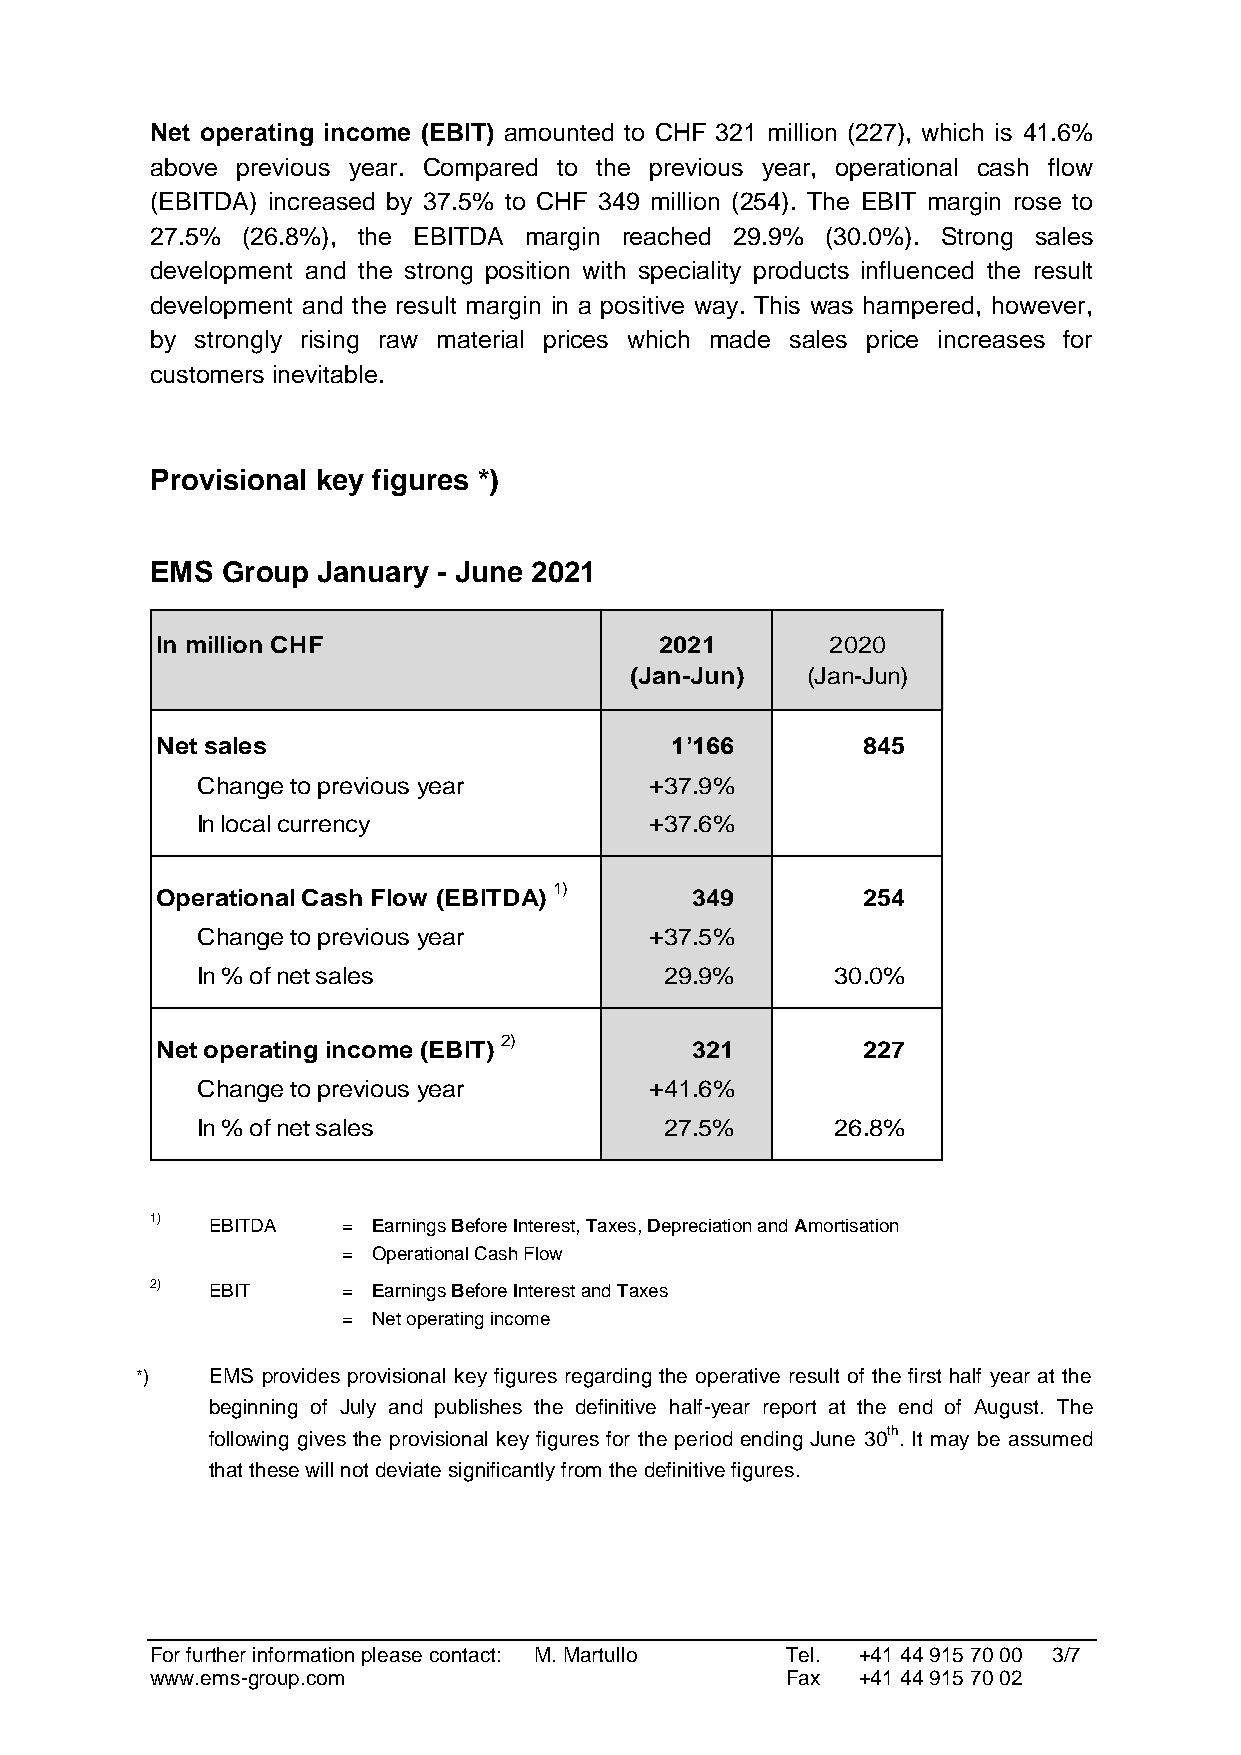
Net operating income (EBIT) amounted to CHF 321 million (227), which is 41.6%
 above previous year. Compared to the previous year, operational cash flow
 (EBITDA) increased by 37.5% to CHF 349 million (254). The EBIT margin rose to
 27.5% (26.8%), the EBITDA margin reached 29.9% (30.0%). Strong sales
 development and the strong position with speciality products influenced the result
 development and the result margin in a positive way. This was hampered, however,
 by strongly rising raw material prices which made sales price increases for
 customers inevitable.
 Provisional key figures *)
 EMS  Group January - June 2021
 In million CHF                    2021       2020
 (Jan-Jun)  (Jan-Jun)
 Net sales                         1’166        845
 Change to previous year       +37.9%
 In local currency             +37.6%
 Operational Cash Flow (EBITDA) 1)   349        254
 Change to previous year       +37.5%
 In % of net sales              29.9%      30.0%
 Net operating income (EBIT) 2)      321        227
 Change to previous year       +41.6%
 In % of net sales              27.5%      26.8%
 1)  EBITDA   = Earnings Before Interest, Taxes, Depreciation and Amortisation
 = Operational Cash Flow
 2)  EBIT     = Earnings Before Interest and Taxes
 = Net operating income
 *)   EMS provides provisional key figures regarding the operative result of the first half year at the
 beginning of July and publishes the definitive half-year report at the end of August. The
 following gives the provisional key figures for the period ending June 30th. It may be assumed
 that these will not deviate significantly from the definitive figures.
 For further information please contact: M. Martullo Tel. +41 44 915 70 00 3/7
 www.ems-group.com                         Fax  +41 44 915 70 02